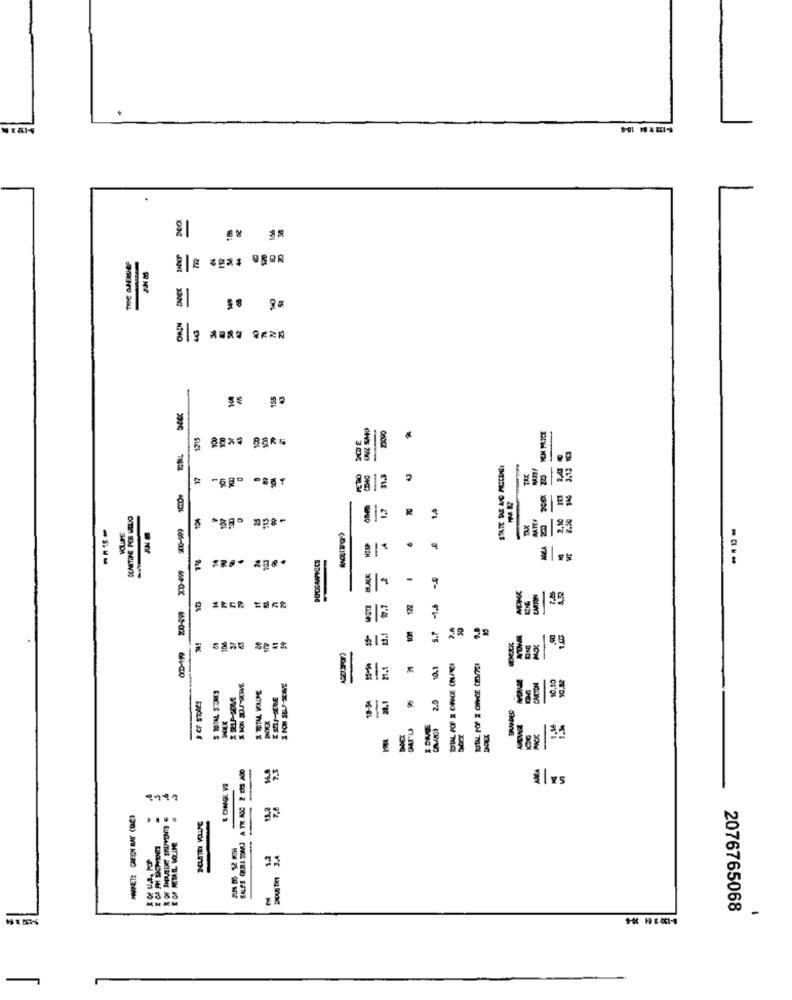
-
155
SIZI
STATE DE AC PREILIGI
2812
Cm.34
CONKTONE PER HOUO
2.10
VOLUME
58
.
26
PODCAMPYCS
----
40
e
E14
S.P
IN
10.1
HMCLA
-
& ONGE VS
11 75
.
2076765068
-